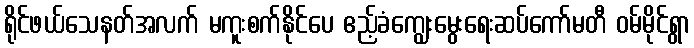
ရိုင်ဖယ်သေနတ်အလက် မကူးစက်နိုင်ပေ ဧည့်ခံကျွေးမွေးရေးဆပ်ကော်မတီ ဝမ်မိုင်ရွာ